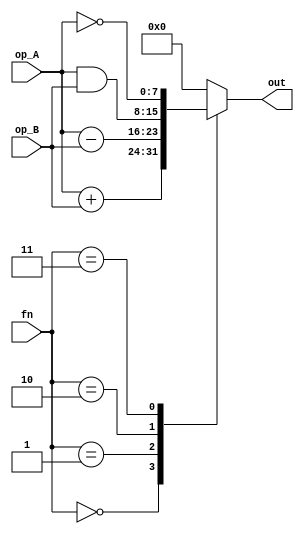
module ALU (input [2:0] fn, input [7:0] op_A, op_B, output reg [7:0] out); 

	always@(*)begin
		out = 8'b0;
		case (fn) 
			3'b000 : out = op_A + op_B;
			3'b001 : out = op_A - op_B;
			3'b010 : out = op_A & op_B;
			3'b011 : out = ~op_A ;
		endcase
	end

endmodule